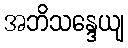
အဘိသန္ဒေယျ